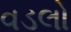
વડલો